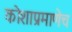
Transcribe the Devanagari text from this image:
कोशाप्रमाणेच